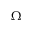
\Omega